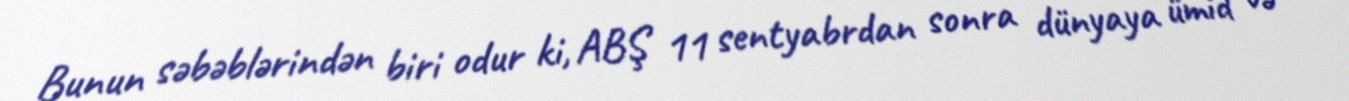
Bunun səbəblərindən biri odur ki, ABŞ 11 sentyabrdan sonra dünyaya ümid və